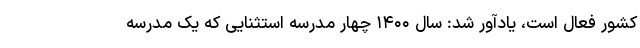
کشور فعال است، یادآور شد: سال ۱۴۰۰ چهار مدرسه استثنایی که یک مدرسه